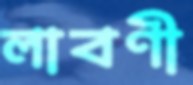
লাবণী